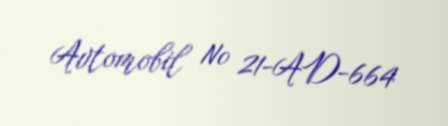
Avtomobil № 21-AD-664